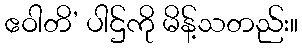
ဧဝါတိ’ ပါဌ်ကို မိန့်သတည်း။